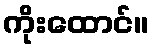
ကိုးထောင်။